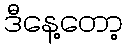
ဒီနေ့တော့